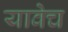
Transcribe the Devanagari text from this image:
यावेच